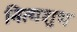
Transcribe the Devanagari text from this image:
नित्यशुभ